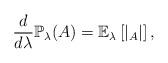
LaTeX: \begin{align*}\frac{d}{d\lambda}\mathbb{P}_\lambda(A)=\mathbb{E}_\lambda\left[|_A| \right],\end{align*}